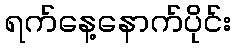
ရက်နေ့နောက်ပိုင်း